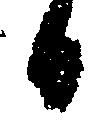
日